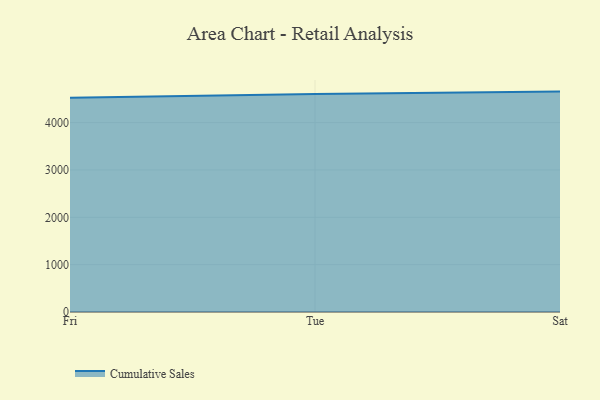
{"axis": {"x": "Day", "y": "Churn Rate (%)"}, "legend": ["Cumulative Sales"], "data": [{"x": "Fri", "y": 4526.8, "type": "Cumulative Sales"}, {"x": "Tue", "y": 4604.7, "type": "Cumulative Sales"}, {"x": "Sat", "y": 4654.7, "type": "Cumulative Sales"}]}